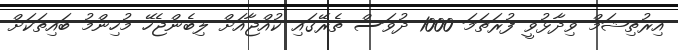
އިރުތިޝަމް ވިދާޅުވީ ފުރަތަމަ 1000 ދުވަސް ތެރޭގައި ކުއްޖާއަށް ލިބެންޖެހޭ މުހިންމު ބައިތަކަށް